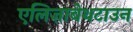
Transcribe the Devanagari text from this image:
एलिज़ाबेथटाउन